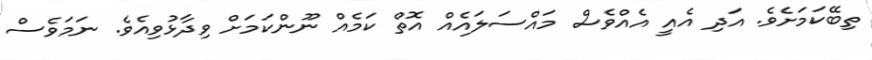
ތިބޭކަމަށެވެ. އަދި އެއީ އެއްވެސް މައްސަލައެއް އޮތް ކަމެއް ނޫންކަމަށް ވިދާޅުވިއެވެ. ނަމަވެސް